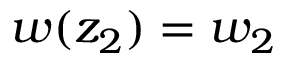
w ( z _ { 2 } ) = w _ { 2 }